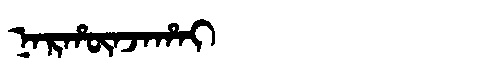
Manchu: ᠨᠠᡵᡥᡡᠨᠵᠠᡥᠠᡳ
Romanization: NARHŪNJAHAI